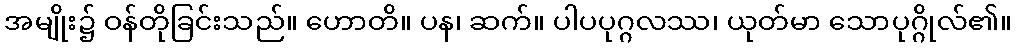
အမျိုး၌ ဝန်တိုခြင်းသည်။ ဟောတိ။ ပန၊ ဆက်။ ပါပပုဂ္ဂလဿ၊ ယုတ်မာ သောပုဂ္ဂိုလ်၏။